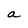
Character: a